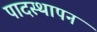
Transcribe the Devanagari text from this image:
पादस्थापन